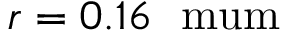
r = 0 . 1 6 ~ \mathrm { \ m u m }